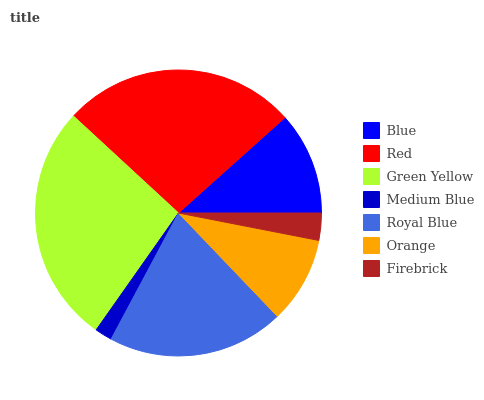
| Blue | Red | Green Yellow | Medium Blue | Royal Blue | Orange | Firebrick |
 | --- | --- | --- | --- | --- | --- | --- |
 | 11.6% | 26.6% | 27.1% | 1.96% | 19.9% | 9.79% | 3.07% |